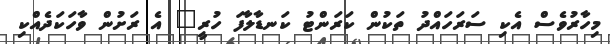
މިހާރުވެސް އެކި ސަރަހައްދު ތަކުން ކަރަންޓު ކަނޑާލާފަ ހުރީ" އެ ރަށުން ވާހަކަދެއްކި